Tezpur Lunatic Asylum reports 1877-1894 - 1877-1894
Year: 1877
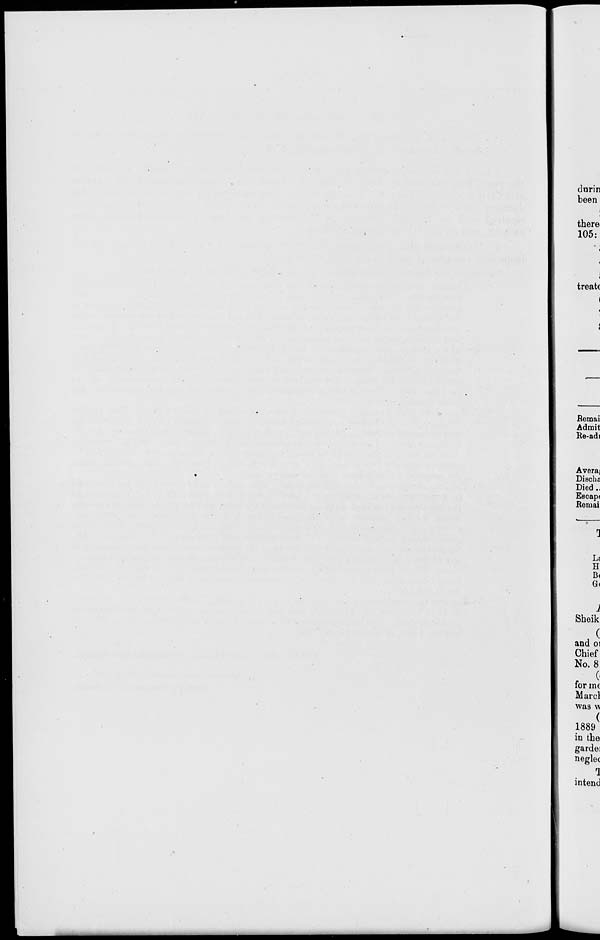
durin
been
there
105:
treats
I
Remai
Admit
He-adi
Averai
Discha
Died ..
Escap<
Reiuai
Li
H
B<
G<
1
Sheik
(
and 01
Chief
No. 8
0
for me
Marcl
was w
(
1889
in the
gardei
neglet
r J
intend